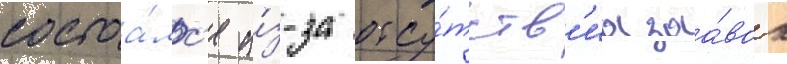
состоа́лс'я и́з-за отсу́тств'иа заа́вок